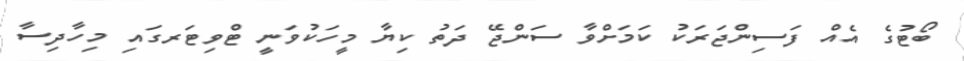
ބޯޓުގެ އެއް ފަސިންޖަރަކު ކަމަށްވާ ސަންޖޭ ދަތު ކިޔާ މީހަކުވަނީ ޓްވިޓަރގައި މިހާދިސާ